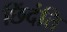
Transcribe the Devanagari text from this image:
छिंदंति